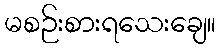
မစဉ်းစားရသေးချေ။